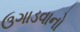
ઉગાડવાનો